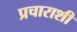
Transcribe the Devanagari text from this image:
प्रचाराशी